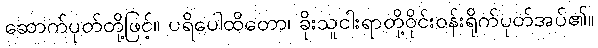
ဆောက်ပုတ်တို့ဖြင့်။ ပရိပေါထိတော၊ ခိုးသူငါးရာတို့ဝိုင်းဝန်းရိုက်ပုတ်အပ်၏။